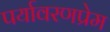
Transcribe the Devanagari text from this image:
पर्यावरणप्रेम